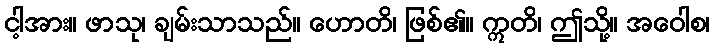
ငါ့အား။ ဖာသု၊ ချမ်းသာသည်။ ဟောတိ၊ ဖြစ်၏။ ဣတိ၊ ဤသို့။ အဝေါစ၊